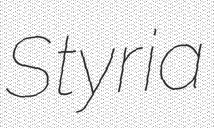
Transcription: Styria